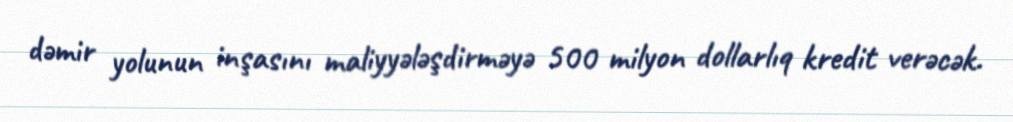
dəmir yolunun inşasını maliyyələşdirməyə 500 milyon dollarlıq kredit verəcək.